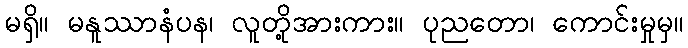
မရှိ။ မနူဿာနံပန၊ လူတို့အားကား။ ပုညတော၊ ကောင်းမှုမှ။